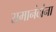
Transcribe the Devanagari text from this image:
रामानंदांना